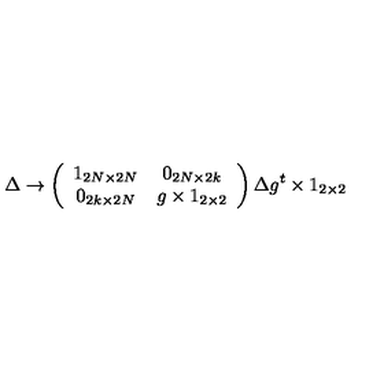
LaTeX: \Delta \rightarrow \left( \begin{array} { c c } { 1 _ { 2 N \times 2 N } } & { 0 _ { 2 N \times 2 k } } \\ { 0 _ { 2 k \times 2 N } } & { g \times 1 _ { 2 \times 2 } } \\ \end{array} \right) \Delta g ^ { t } \times 1 _ { 2 \times 2 }